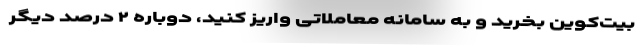
بیت‌کوین بخرید و به سامانه معاملاتی واریز کنید، دوباره ۲ درصد دیگر